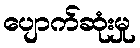
ပျောက်ဆုံးမှု